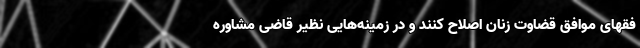
فقهای موافق قضاوت زنان اصلاح کنند و در زمینه‌هایی نظیر قاضی مشاوره